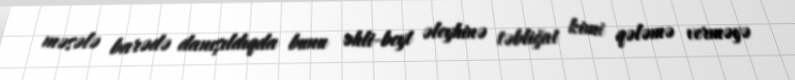
məsələ barədə danışıldıqda bunu əhli-beyt əleyhinə təbliğat kimi qələmə verməyə